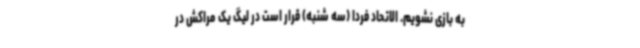
به بازی نشویم. الاتحاد فردا (سه شنبه) قرار است در لیگ یک مراکش در